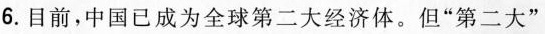
6.目前，中国已成为全球第二大经济体。但”第二大”